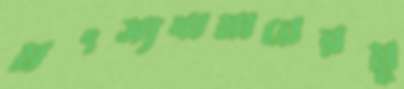
মৎস্যখামারেরমু